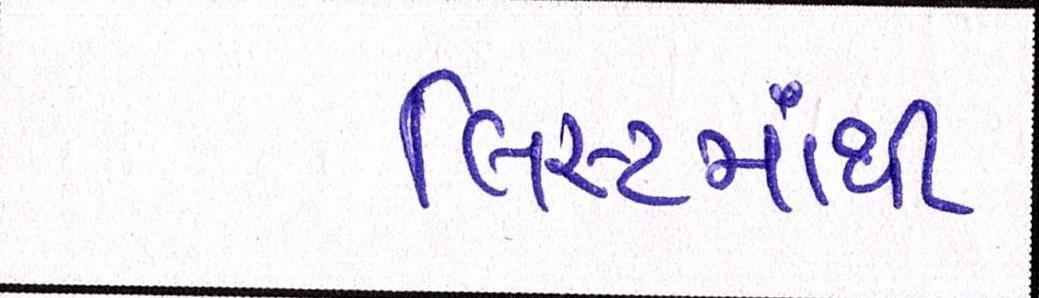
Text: લિસ્ટમાંથી